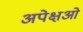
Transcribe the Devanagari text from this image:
अपेक्षओं